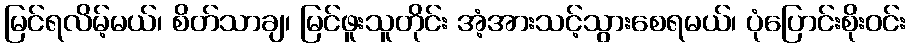
မြင်ရလိမ့်မယ်၊ စိတ်သာချ၊ မြင်ဖူးသူတိုင်း အံ့အားသင့်သွားစေရမယ်၊ ပုံပြောင်းစိုးဝင်း